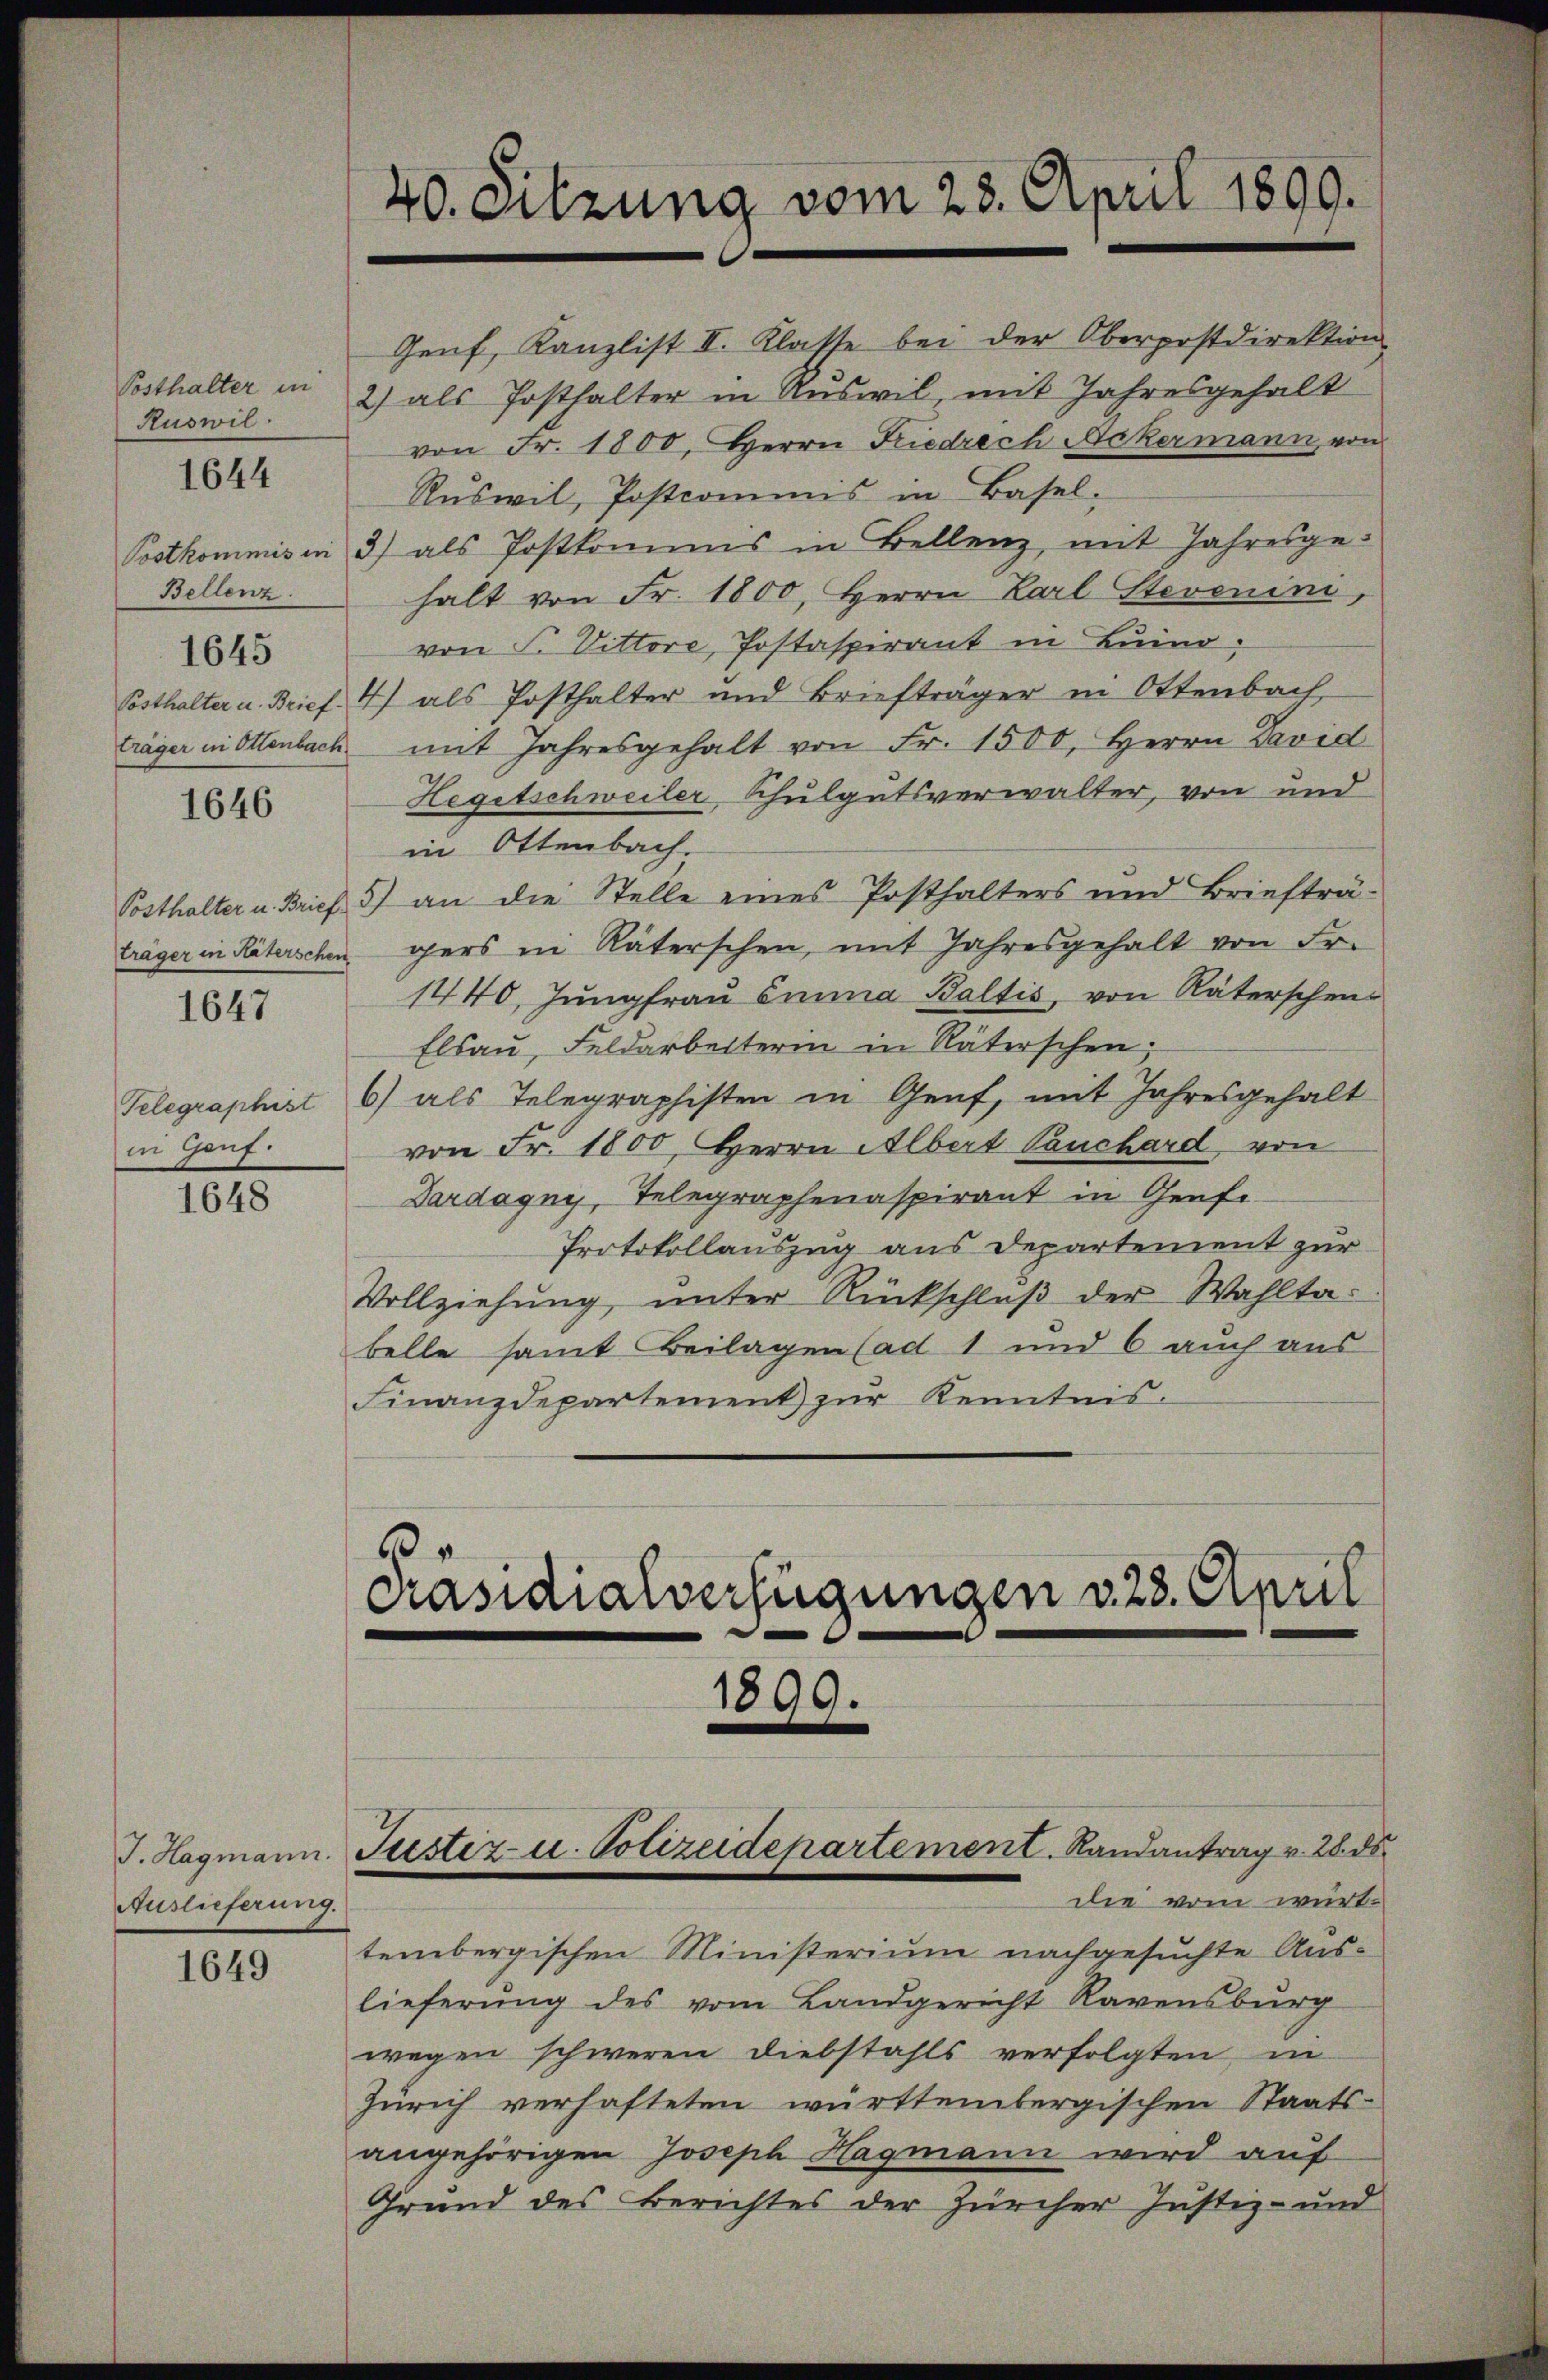
Ruswil
Bellenz.
1645
träger in Ottenbach

1644

1646

1647

Telegraphist
ii Gauf.

1648

Auslieferung.

1649

40. Sitzung vom 23. April 1890.

Ruswil, Postcommis in Basel-
Postkommis in 3) als Postkommis in Bellenz mit Jahresgehalt von Fr. 1800, Herrn Karl Stevenini,
von F. Vittore, Postaspirant in Luino.
Posthalter u. Brief. 4) als Posthalter und Briefträger in Ottenbach
mit Jahresgehalt von Fr. 1500, Herrn David
Hegetschweiler Schulgutsverwalter, von und
in Ottenbach.
Posthalter u. Brief 5) an die Stelle eines Posthalters und Briefträträger in Räterschen gers in Räterschen, mit Jahresgehalt von Fr.
1440, Jungfrau Emma Baltis, von Räterschen-
Elsau, Feldarbeiterin in Räterschen;
6) als Telegraphisten in Genf, mit Jahresgehalt
von Fr. 1800. Herrn Albert Tauchard von
Dardagny, Telegraphenaspirant in Genfe
Protokollauszug aus Departement zur
Vollziehung, unter Rückschluß der Wahltabelle samt Beilagen (ad 1 und 6 auch aus
Finanzdepartement zŭr Kenntnis.

3
Präsidialverfügungen v. 28. April
1899.

Genf, Kanzlist II. Klatte bei der Oberpostdirektion
Posthalter in 2) als Posthalter in Ruswil, mit Jahresgehalt
von Fr. 1800. Herrn Friedrech Ackermann von

J. Hagmann. Justiz- u. Polizeidepartement. Randantrag v. 28. ds.
die vom würt¬

tembergischen Ministerium nachgesuchte Auslieferung des vom Landgericht Ravensburg
wegen schweren Diebstahls verfolgten in
Zürich verhafteten württembergischen Staats-
angehörigen Joseph Hagmann wird auf
Grund des Berichtes der Zürcher Justiz- und